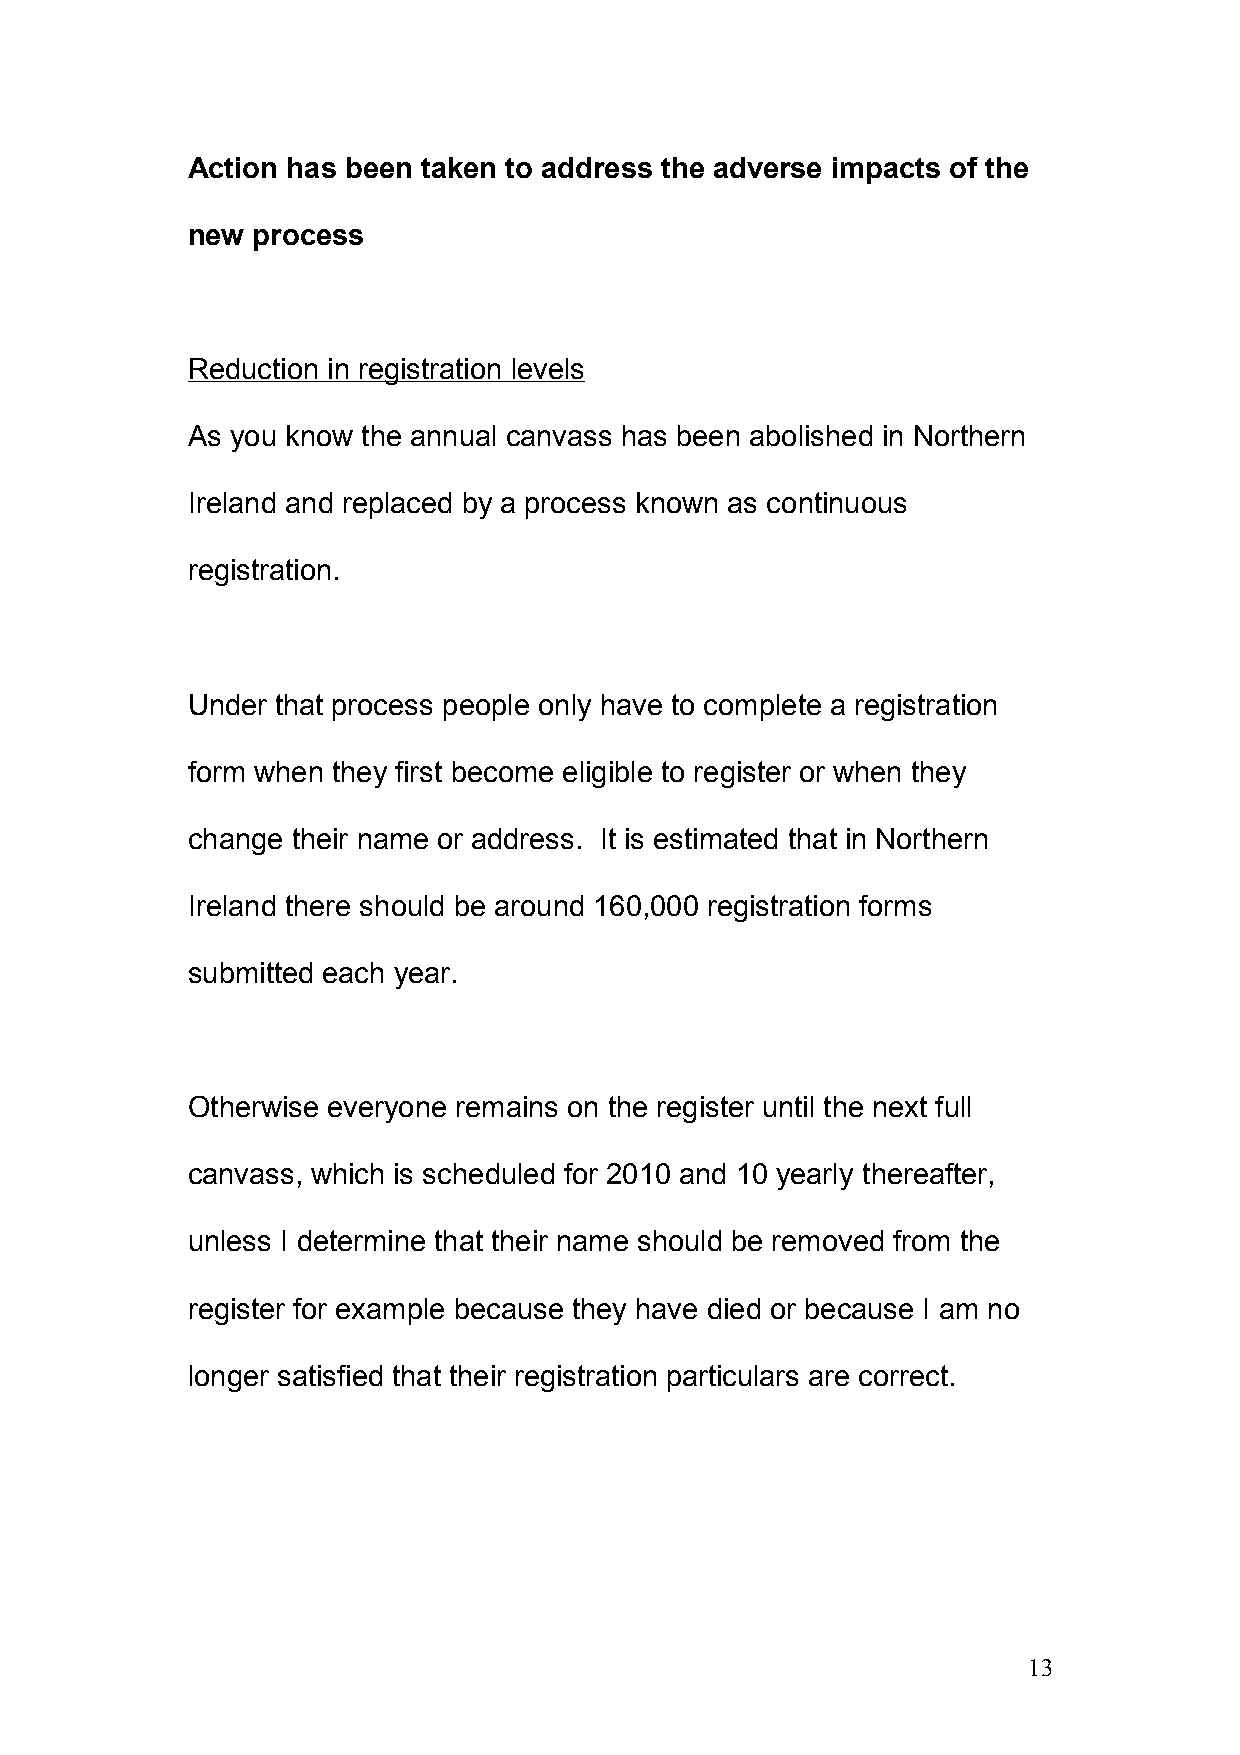
Action has been taken to address the adverse impacts of the
 new  process
 Reduction in registration levels
 As you know the annual canvass has been abolished in Northern
 Ireland and replaced by a process known as continuous
 registration.
 Under that process people only have to complete a registration
 form when they first become eligible to register or when they
 change their name or address. It is estimated that in Northern
 Ireland there should be around 160,000 registration forms
 submitted each year.
 Otherwise everyone remains on the register until the next full
 canvass, which is scheduled for 2010 and 10 yearly thereafter,
 unless I determine that their name should be removed from the
 register for example because they have died or because I am no
 longer satisfied that their registration particulars are correct.
 13